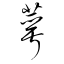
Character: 萼